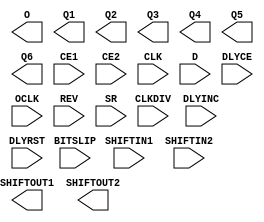
// $Header: /devl/xcs/repo/env/Databases/CAEInterfaces/verplex_libs/data/simprims/Attic/X_ISERDES.v,v 1.1.2.1 2004/09/28 20:47:46 wloo Exp $

`timescale  1 ps / 1 ps

module X_ISERDES (O, Q1, Q2, Q3, Q4, Q5, Q6, SHIFTOUT1, SHIFTOUT2,
		  BITSLIP, CE1, CE2, CLK, CLKDIV, D, DLYCE, DLYINC, DLYRST, OCLK, REV, SHIFTIN1, SHIFTIN2, SR);

    output O;
    output Q1;
    output Q2;
    output Q3;
    output Q4;
    output Q5;
    output Q6;
    output SHIFTOUT1;
    output SHIFTOUT2;
    input BITSLIP;
    input CE1;
    input CE2;
    input CLK;
    input CLKDIV;
    input D;
    input DLYCE;
    input DLYINC;
    input DLYRST;
    input OCLK;
    input REV;
    input SHIFTIN1;
    input SHIFTIN2;
    input SR;
    parameter BITSLIP_ENABLE = "FALSE";
    parameter DATA_RATE = "DDR";
    parameter DATA_WIDTH = 4;
    parameter INIT_Q1 = 1'b0;
    parameter INIT_Q2 = 1'b0;
    parameter INIT_Q3 = 1'b0;
    parameter INIT_Q4 = 1'b0;
    parameter INTERFACE_TYPE = "MEMORY";
    parameter IOBDELAY = "NONE";
    parameter IOBDELAY_TYPE = "DEFAULT";
    parameter IOBDELAY_VALUE = 0;
    parameter NUM_CE = 2;
    parameter SERDES_MODE = "MASTER";
    parameter SRVAL_Q1 = 1'b0;
    parameter SRVAL_Q2 = 1'b0;
    parameter SRVAL_Q3 = 1'b0;
    parameter SRVAL_Q4 = 1'b0;    
// data input mux for q3, q4, q5 and q6

endmodule // X_ISERDES